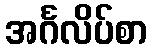
အင်္ဂလိပ်စာ